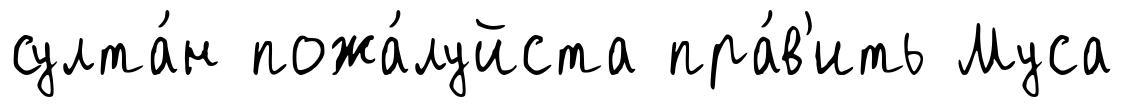
султа́н пожа́луйста пра́в'ить Муса